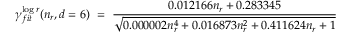
{ \gamma _ { f i t } ^ { \log r } ( n _ { r } , d = 6 ) \ = \ \frac { 0 . 0 1 2 1 6 6 n _ { r } + 0 . 2 8 3 3 4 5 } { \sqrt { 0 . 0 0 0 0 0 2 n _ { r } ^ { 4 } + 0 . 0 1 6 8 7 3 n _ { r } ^ { 2 } + 0 . 4 1 1 6 2 4 n _ { r } + 1 } } }